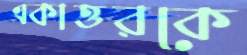
একাত্তরকে